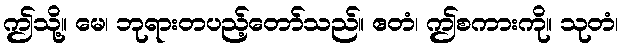
ဤသို့။ မေ၊ ဘုရားတပည့်တော်သည်။ ဧတံ၊ ဤစကားကို။ သုတံ၊